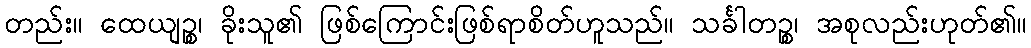
တည်း။ ထေယျဉ္စ၊ ခိုးသူ၏ ဖြစ်ကြောင်းဖြစ်ရာစိတ်ဟူသည်။ သင်္ခါတဉ္စ၊ အစုလည်းဟုတ်၏။